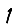
Digit: 1